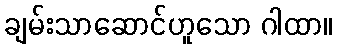
ချမ်းသာဆောင်ဟူသော ဂါထာ။